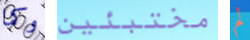
وكما مختبئين لم